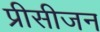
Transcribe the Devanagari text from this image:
प्रीसीजन